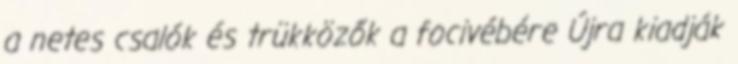
a netes csalók és trükközők a focivébére Újra kiadják